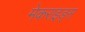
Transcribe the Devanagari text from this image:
मेकराइड्स